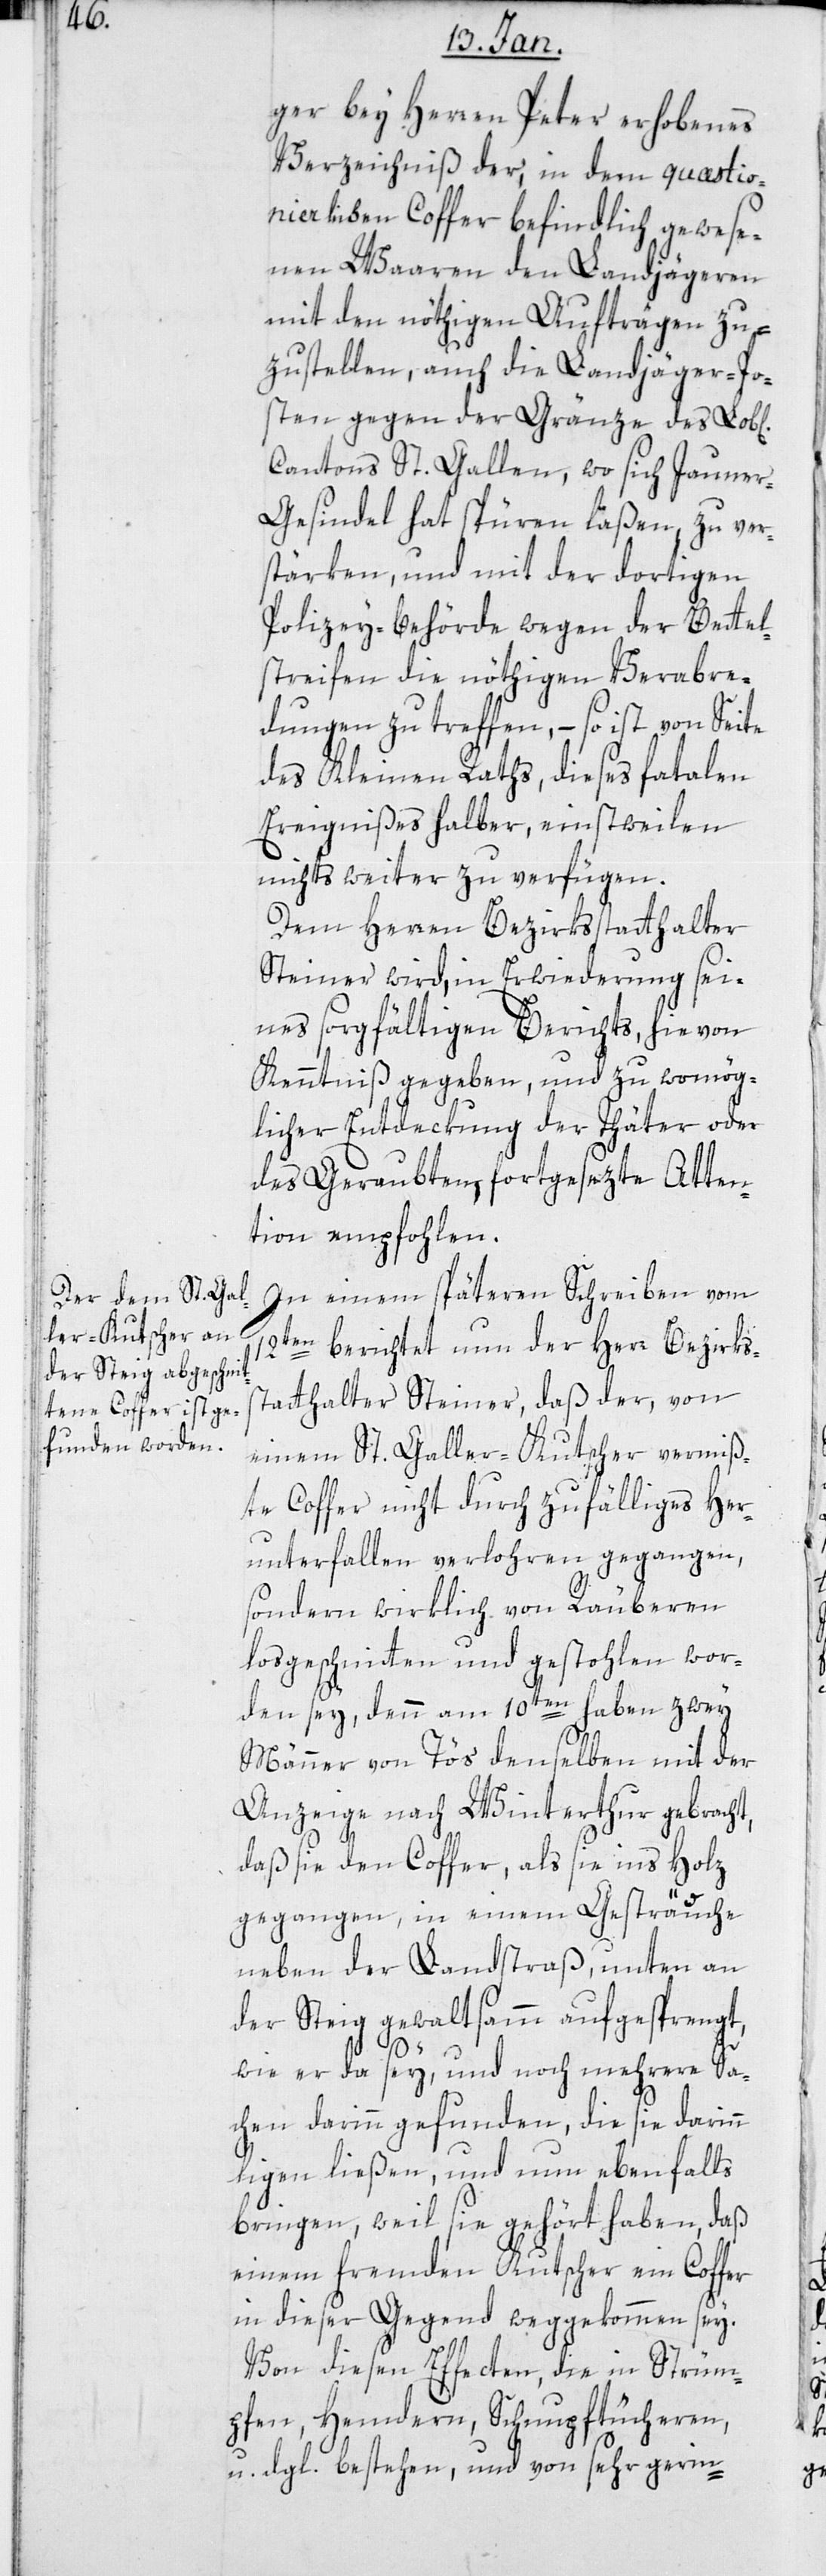
ger bey Herren Peter erhobenes
Verzeichniß der in dem quästio¬
nierlichen Coffer befindlich gewese¬
nen Waaren den Landjägeren
mit den nöthigen Aufträgen zu¬
zustellen, auch die Landjäger-Po¬
sten gegen der Gränze des Lobl[i¬
Cantons St. Gallen, wo sich Jauner¬
gesindel hat spüren läßen, zu ver¬
stärken, und mit der dortigen
Polizey-Behörde wegen der Bettel¬
streifen die nöthigen Verabre¬
dungen zu treffen, – so ist von Seite
des Kleinen Raths, dieses fatalen
Ereignißes halber, einstweilen
nichts weiter zu verfügen.
Dem Herren Bezirksstatthalter
Steiner wird, in Erwiderung sei¬
nes sorgfältigen Berichts, hievon
Kenntniß gegeben, und zu womög¬
licher Entdeckung der Thäter oder
des Geraubten, fortgesetzte Atten¬
tion empfohlen.
In einem späteren Schreiben vom
12ten berichtet nun der Herr Bezirks¬
statthalter Steiner, daß der, von
einem St. Galler-Kutscher vermiß¬
te Coffer nicht durch zufälliges Her¬
unterfallen verloren gegangen,
sondern wirklich von Räuberen
losgeschnitten und gestohlen wor¬
den sey, denn am 10ten haben zwey
chen]
Männer von Töss denselben mit der
Anzeige nach Winterthur gebracht,
daß sie den Coffer, als sie ins Holz
gegangen, in einem Gesträuche
neben der Landstraß, unten an
der Steig gewaltsamm aufgesprengt,
wie er da sey, und noch mehrere Sa¬
chen darin gefunden, die sie darinn
liegen ließen, und nun ebenfalls
bringen, weil sie gehört haben, daß
einem fremden Kutscher ein Coffer
in dieser Gegend weggekommen sey.
Von diesen Effecten, die in Strüm¬
pfen, Hemdern, Schnupftücheren
dgl. bestehen, und von sehr gerin-